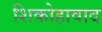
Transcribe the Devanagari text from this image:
शिकोहावाद